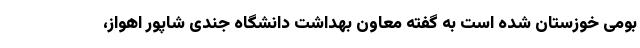
بومی خوزستان شده است به گفته معاون بهداشت دانشگاه جندی شاپور اهواز،